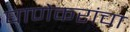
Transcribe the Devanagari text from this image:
घाणेकरांचा